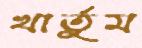
খার্তুম